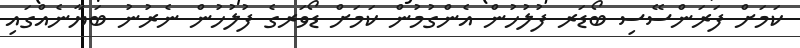
ކަމަށް ފަރަންސޭސި ބޯޑަރ ފުލުހުން އެންގުމުން ކަމަށް ޑޯވަރގެ ފުލުހުން ނެރުނު ބަޔާނެއްގައި